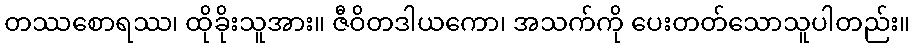
တဿစောရဿ၊ ထိုခိုးသူအား။ ဇီဝိတဒါယကော၊ အသက်ကို ပေးတတ်သောသူပါတည်း။